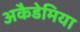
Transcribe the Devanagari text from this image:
अकैडेमिया